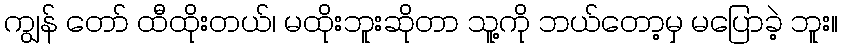
ကျွန် တော် ထီထိုးတယ်၊ မထိုးဘူးဆိုတာ သူ့ကို ဘယ်တော့မှ မပြောခဲ့ ဘူး။